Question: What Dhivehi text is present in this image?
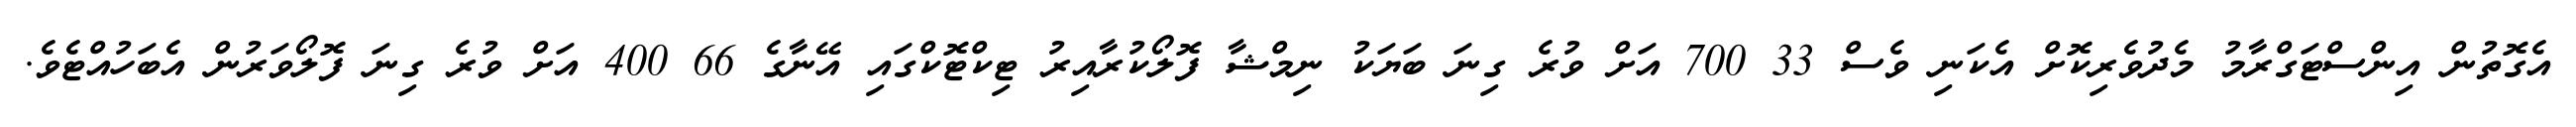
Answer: އެގޮތުން އިންސްޓަގްރާމު މެދުވެރިކޮށް އެކަނި ވެސް 33 700 އަށް ވުރެ ގިނަ ބަޔަކު ނިމްޝާ ފޮލޯކުރާއިރު ޓިކްޓޮކްގައި އޭނާގެ 66 400 އަށް ވުރެ ގިނަ ފޮލޯވަރުން އެބަހުއްޓެވެ.